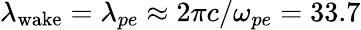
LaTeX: \lambda_{\mathrm{wake}}=\lambda_{pe}\approx 2\pi c/\omega_{pe}=33.7